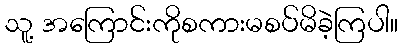
သူ့ အကြောင်းကိုစကားမစပ်မိခဲ့ကြပါ။